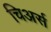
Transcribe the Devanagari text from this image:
चिअर्स